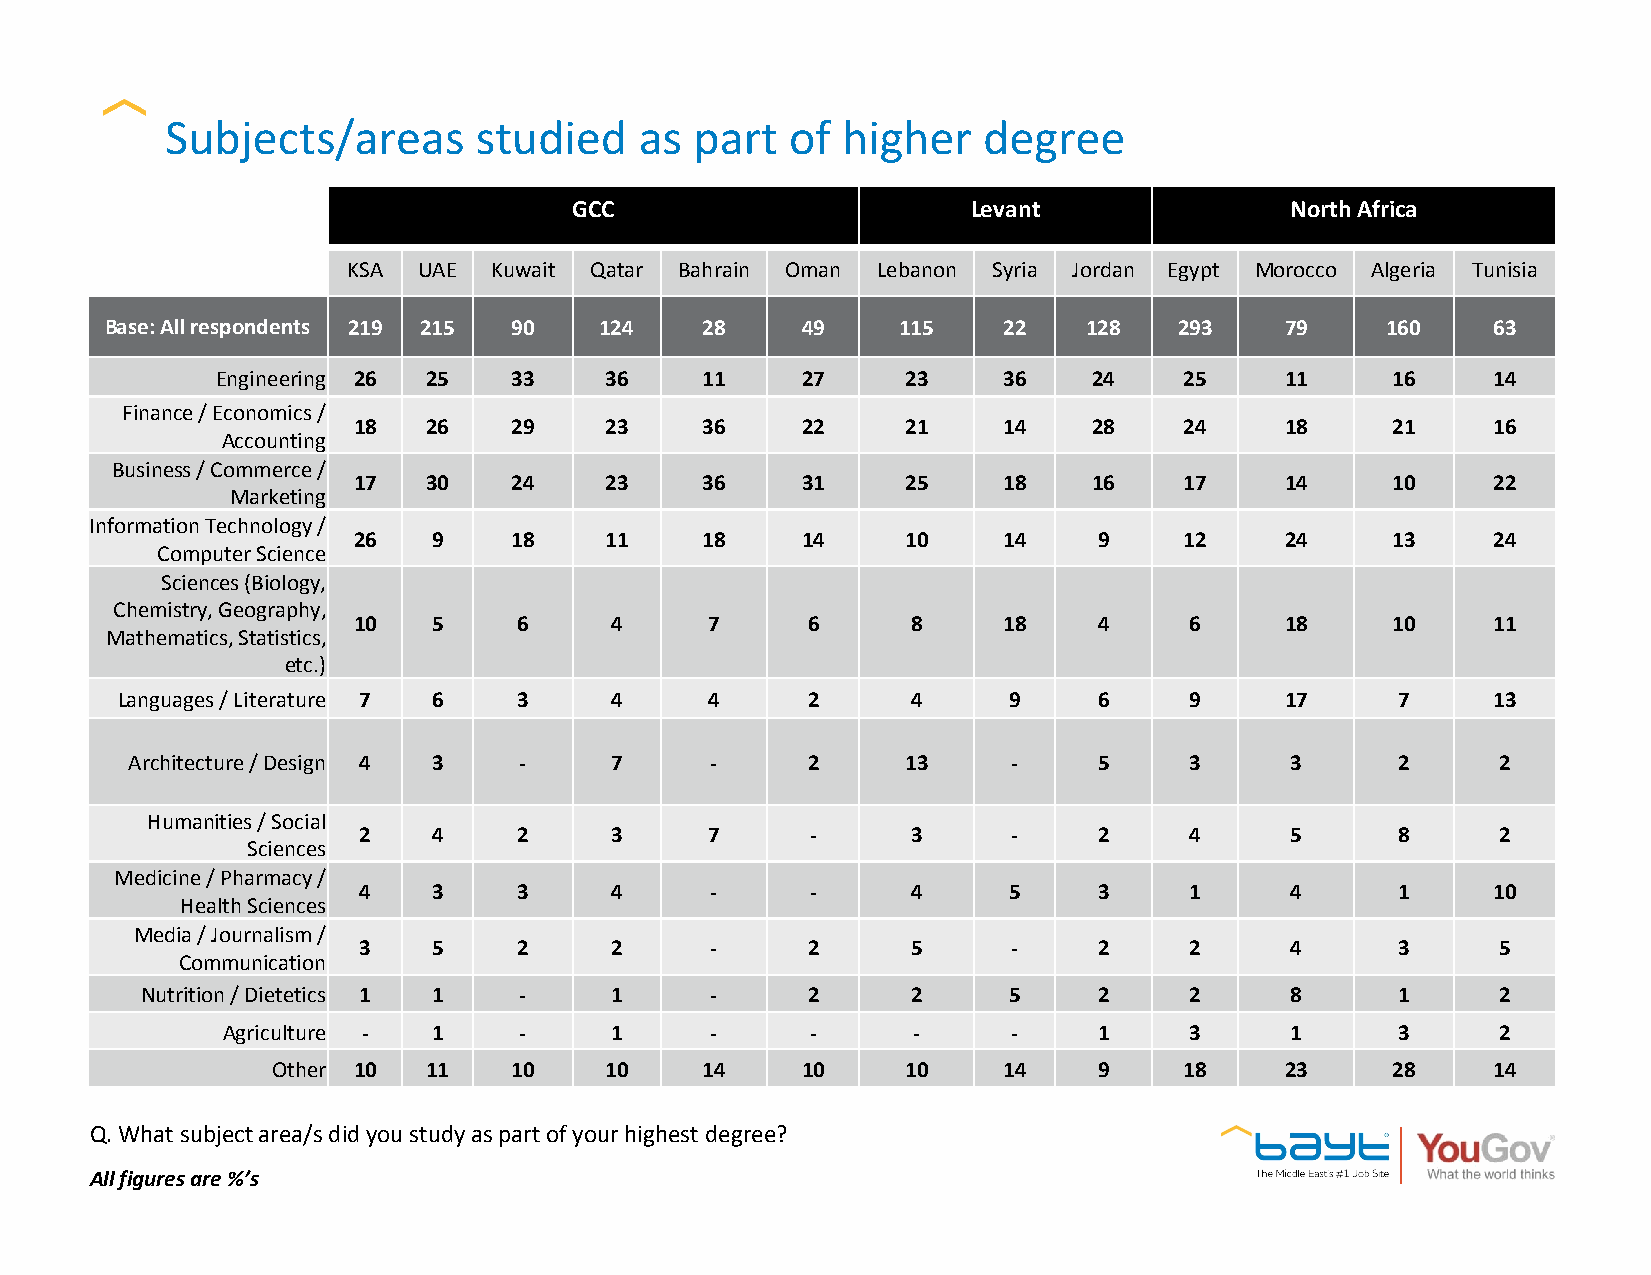
Subjects/areas      studied    as  part  of  higher   degree
 GCC                       Levant               North Africa
 KSA  UAE Kuwait Qatar Bahrain Oman Lebanon Syria Jordan Egypt Morocco Algeria Tunisia
 Base: All respondents 219 215 90 124   28     49    115    22    128   293    79     160    63
 Engineering 26 25   33    36    11     27     23    36    24    25     11     16     14
 Finance / Economics /
 18   26    29    23    36     22     21    14    28    24     18     21     16
 Accounting
 Business / Commerce /
 17   30    24    23    36     31     25    18    16    17     14     10     22
 Marketing
 Information Technology /
 26    9    18    11    18     14     10    14     9    12     24     13     24
 Computer Science
 Sciences (Biology,
 Chemistry, Geography,
 10    5    6     4      7     6      8     18     4     6     18     10     11
 Mathematics, Statistics,
 etc.)
 Languages / Literature 7 6 3    4      4     2      4      9     6     9     17     7      13
 Architecture / Design 4 3 -     7      -     2      13     -     5     3     3      2      2
 Humanities / Social
 2    4    2     3      7      -     3      -     2     4     5      8      2
 Sciences
 Medicine / Pharmacy /
 4    3    3     4      -      -     4      5     3     1     4      1      10
 Health Sciences
 Media / Journalism /
 3    5    2     2      -     2      5      -     2     2     4      3      5
 Communication
 Nutrition / Dietetics 1 1 -    1      -     2      2      5     2     2     8      1      2
 Agriculture - 1    -     1      -      -     -      -     1     3     1      3      2
 Other 10  11    10    10    14     10     10    14     9    18     23     28     14
 Q. What subject area/s did you study as part of your highest degree?
 All figures are %’s